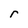
Character: r